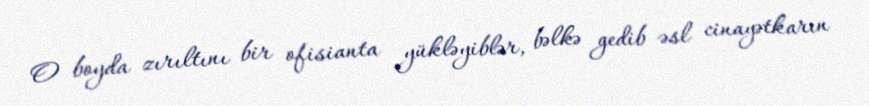
O boyda zırıltını bir ofisianta yükləyiblər, bəlkə gedib əsl cinayətkarın